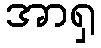
အာရှ